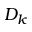
D _ { k }